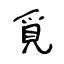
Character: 覓